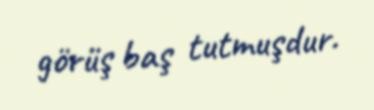
görüş baş tutmuşdur.